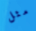
مثل